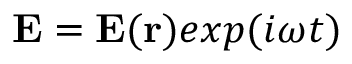
{ \bf E } = { \bf E } ( { \bf r } ) e x p ( i \omega t )